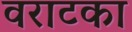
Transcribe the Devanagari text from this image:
वराटका